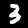
Digit: 3